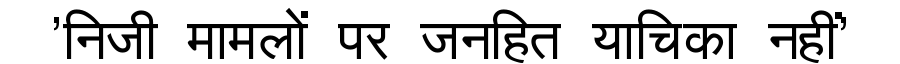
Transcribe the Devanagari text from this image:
'निजी मामलों पर जनहित याचिका नहीं'